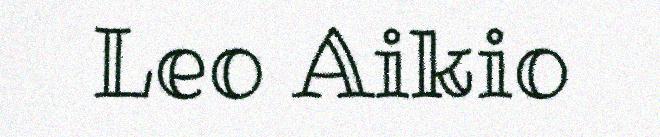
Leo Aikio